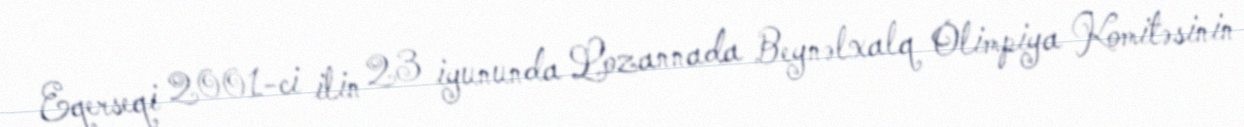
Eqerseqi 2001-ci ilin 23 iyununda Lozannada Beynəlxalq Olimpiya Komitəsinin